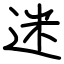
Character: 迷